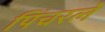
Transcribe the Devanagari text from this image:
पिंचरले